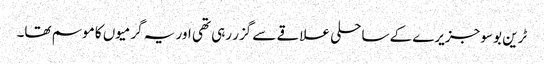
ٹرین بوسو جزیرے کے ساحلی علاقے سے گزر رہی تھی اور یہ گرمیوں کا موسم تھا۔